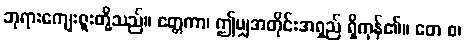
ဘုရားကျေးဇူးတို့သည်။ ဧတ္တကာ၊ ဤမျှအတိုင်းအရှည် ရှိကုန်၏။ တေ စ၊